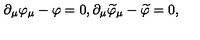
\partial _ { \mu } \varphi _ { \mu } - \varphi = 0 , \partial _ { \mu } \widetilde { \varphi } _ { \mu } - \widetilde { \varphi } = 0 ,